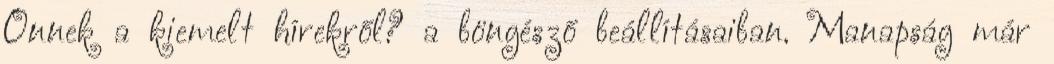
Önnek a kiemelt hírekről? a böngésző beállításaiban. Manapság már